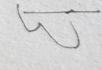
Signature authenticity: forged